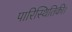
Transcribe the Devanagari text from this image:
पारिस्थितिकी।